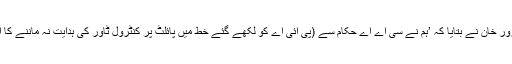
اس حوالے سے وزیر ہوا بازی غلام سرور خان نے بتایا کہ ’ہم نے سی اے اے حکام سے (پی آئی اے کو لکھے گئے خط میں پائلٹ پر کنٹرول ٹاور کی ہدایت نہ ماننے کا الزام لگانے پر) وضاحت طلب کی ہے‘۔